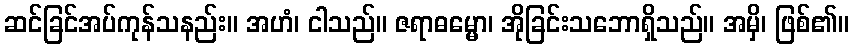
ဆင်ခြင်အပ်ကုန်သနည်း။ အဟံ၊ ငါသည်။ ဇရာဓမ္မော၊ အိုခြင်းသဘောရှိသည်။ အမှိ၊ ဖြစ်၏။